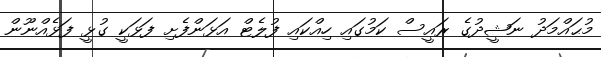
މުޙައްމަދު ނަޝީދުގެ ރައީސް ކަމުގައި ހިއްކައި ފުލެޓް އަޅަންފެށި ފަޅަކީ ގުޅީ ފަޅެއްނޫން